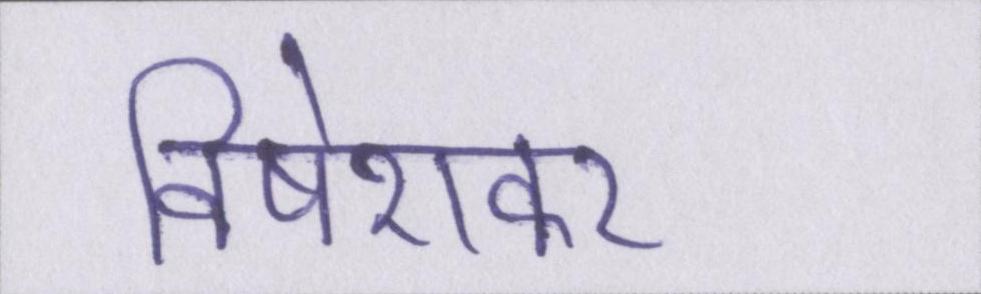
विषेशकर